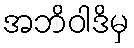
အဘိဝါဒိမှ